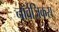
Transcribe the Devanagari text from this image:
नॉर्वेजिकस